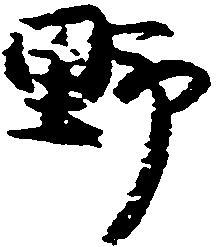
野